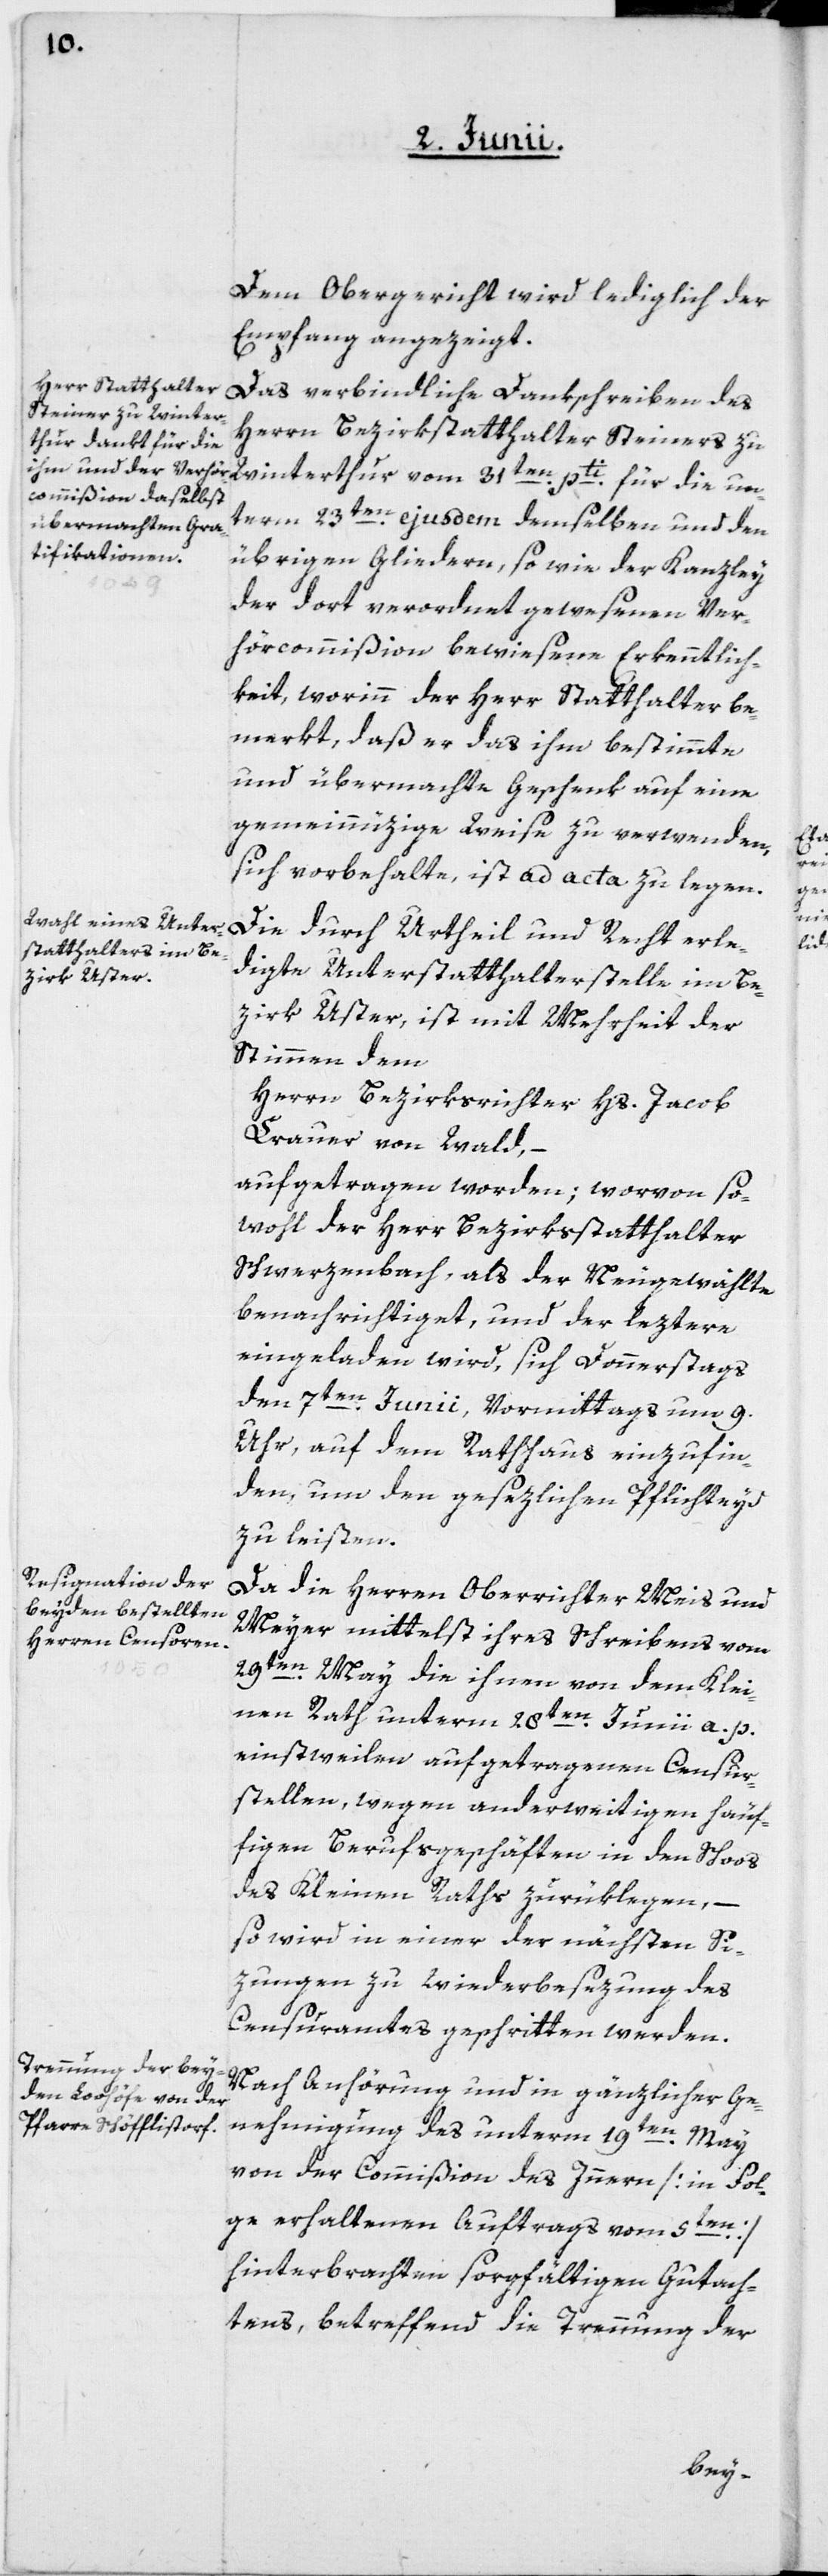
Dem Obergericht wird lediglich der
Empfang angezeigt.
Das verbindliche Dankschreiben des
Herrn Bezirksstatthalter Steiners zu
unterm 23ten ejusdem demselben und den
übrigen Gliedern, so wie der Kanzley
der dort verordnet gewesenen Ver¬
hörcommißion bewiesene Erkenntlich¬
keit, worinn der Herr Statthalter be¬
merkt, dass er das ihm bestimmte
und übermachte Geschenk auf eine
gemeinnüzige Weise zu verwenden
sich vorbehalte, ist ad acta zu legen.
Die durch Urtheil und Recht erle¬
digte Unterstatthalterstelle im Be¬
zirk Uster, ist mit Mehrheit der
Stimmen dem
Herrn Bezirksrichter Hs. Jacob
Krauer von Wald,
aufgetragen worden; worvon so¬
wohl der Herr Bezirksstatthalter
Schwerzenbach, als der Neugewählte
benachrichtiget, und der leztere
eingeladen wird, sich Donnerstag
den 7ten Junii, Vormittags um 9.
Uhr auf dem Rathhaus einzufin¬
den, um den gesezlichen Pflichteyd
zu leisten.
Da die Herren Oberrichter Meis und
Meyer mittelst ihres Schreibens vom
29ten May, die ihnen von dem Klei¬
nen Rath unterm 28ten Junii a. p.
einstweilen aufgetragenen Censur¬
stellen, wegen anderweitigen häuf¬
figen Berufsgeschäften in den Schoos
des Kleinen Raths zurüklegen, –
so wird in einer der nächsten Si¬
zungen zu Wiederbesezung des
Censuramtes geschritten werden.
Nach Anhörung und in gänzlicher Ge¬
nehmigung des unterm 19ten May
von der Commißion des Innern [in Fol¬
ge erhaltenen Auftrags vom 5ten]
hinterbrachten sorgfältigen Gutach¬
tens, betreffend die Trennung der